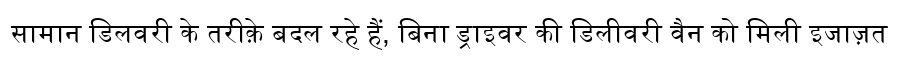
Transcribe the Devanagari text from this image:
सामान डिलवरी के तरीक़े बदल रहे हैं, बिना ड्राइवर की डिलीवरी वैन को मिली इजाज़त